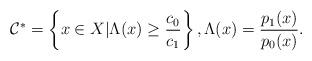
LaTeX: \begin{align*}\mathcal C^*=\left\{x\in X |\Lambda(x)\ge \frac{c_0}{c_1}\right\}, \Lambda(x)=\frac{p_1(x)}{p_0(x)}.\end{align*}